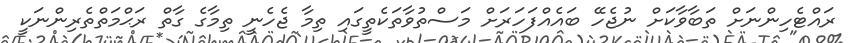
ރައްޓެހިންނަށް ތަބާވާކަށް ނުޖެހޭ ބައެއްފަހަރަށް މަސްތުވާތަކެތީގައި ތިމާ ޖެހެނީ ތިމާގެ ގާތް ރަޙްމަތްތެރިންނަކީ